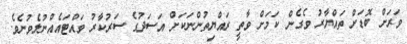
ވަރަށް ބޮޑަށް ތައްޔާރު ވެގެން ކަމަށް ވާތީ ރައްޔިތުންނަކަށް އަސަދުގެ ސަރުކާރު ވައްޓައެއްނުލެވުނެވެ.